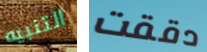
التنبيه دققت